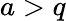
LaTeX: a>q